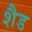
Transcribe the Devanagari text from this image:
शैड